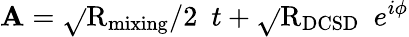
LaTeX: \mathbf{A}=\sqrt{}{{\mathrm{{R}}_{\mathrm{{mixing}}}/2}}\: \; t+\sqrt{}{{\mathrm{{R}}_{\mathrm{{DCSD}}}}}\: \; e^{i\phi}